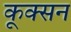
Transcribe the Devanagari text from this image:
कूक्सन